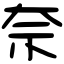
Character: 奈